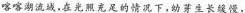
喀喀湖流域，在光照充足的情况下，幼芽生长缓慢，